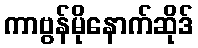
ကာဗွန်မိုနောက်ဆိုဒ်